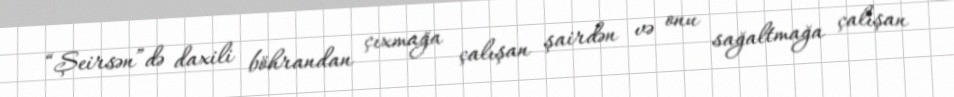
“Şeirsən”də daxili böhrandan çıxmağa çalışan şairdən və onu sağaltmağa çalışan